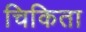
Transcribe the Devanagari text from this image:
चिकिता